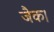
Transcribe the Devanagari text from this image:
जैक।